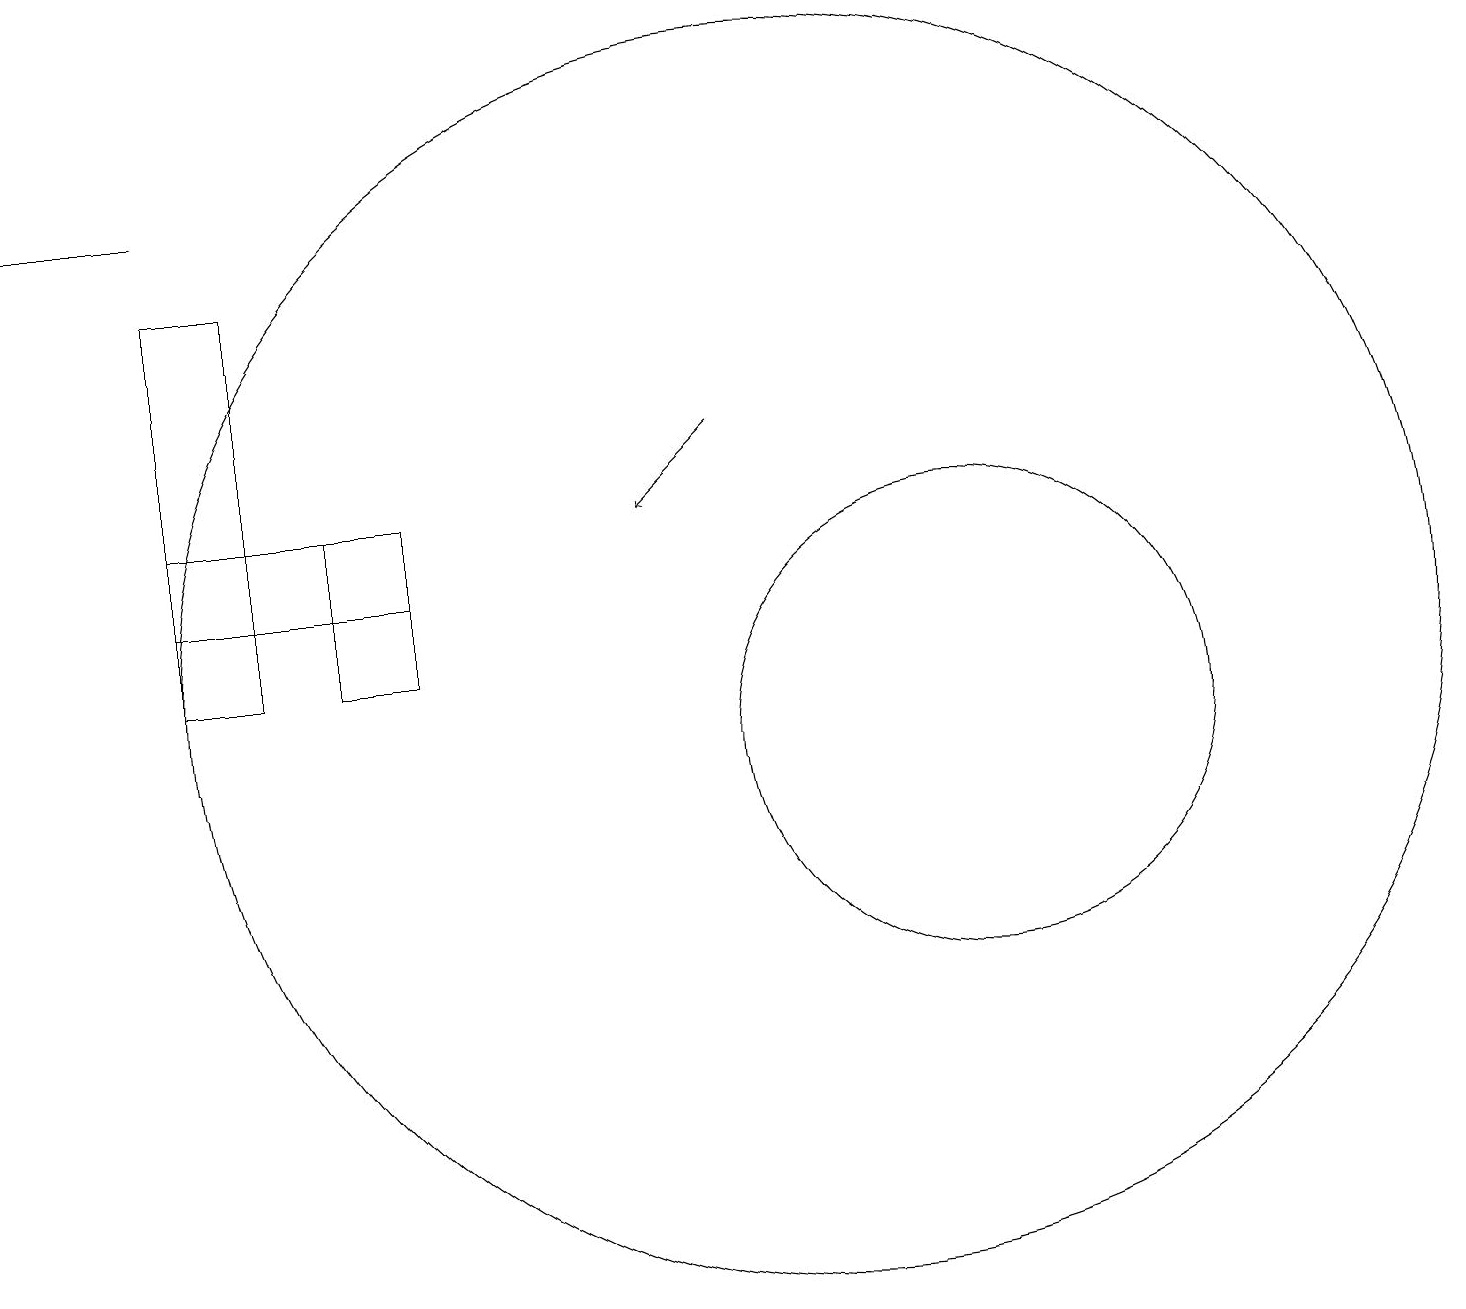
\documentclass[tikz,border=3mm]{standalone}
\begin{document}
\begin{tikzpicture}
\draw (5,11) rectangle (4,13);
\draw (2,17) rectangle (0,17);
\draw (2,12) rectangle (5,13);
\draw (2,11) rectangle (3,16);
\draw (12,10) circle (3);
\draw (10,11) circle (8);
\draw[->] (9,14) -- (8,13);
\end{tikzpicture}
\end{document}